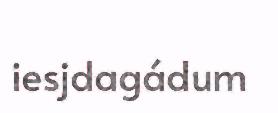
iesjdagádum